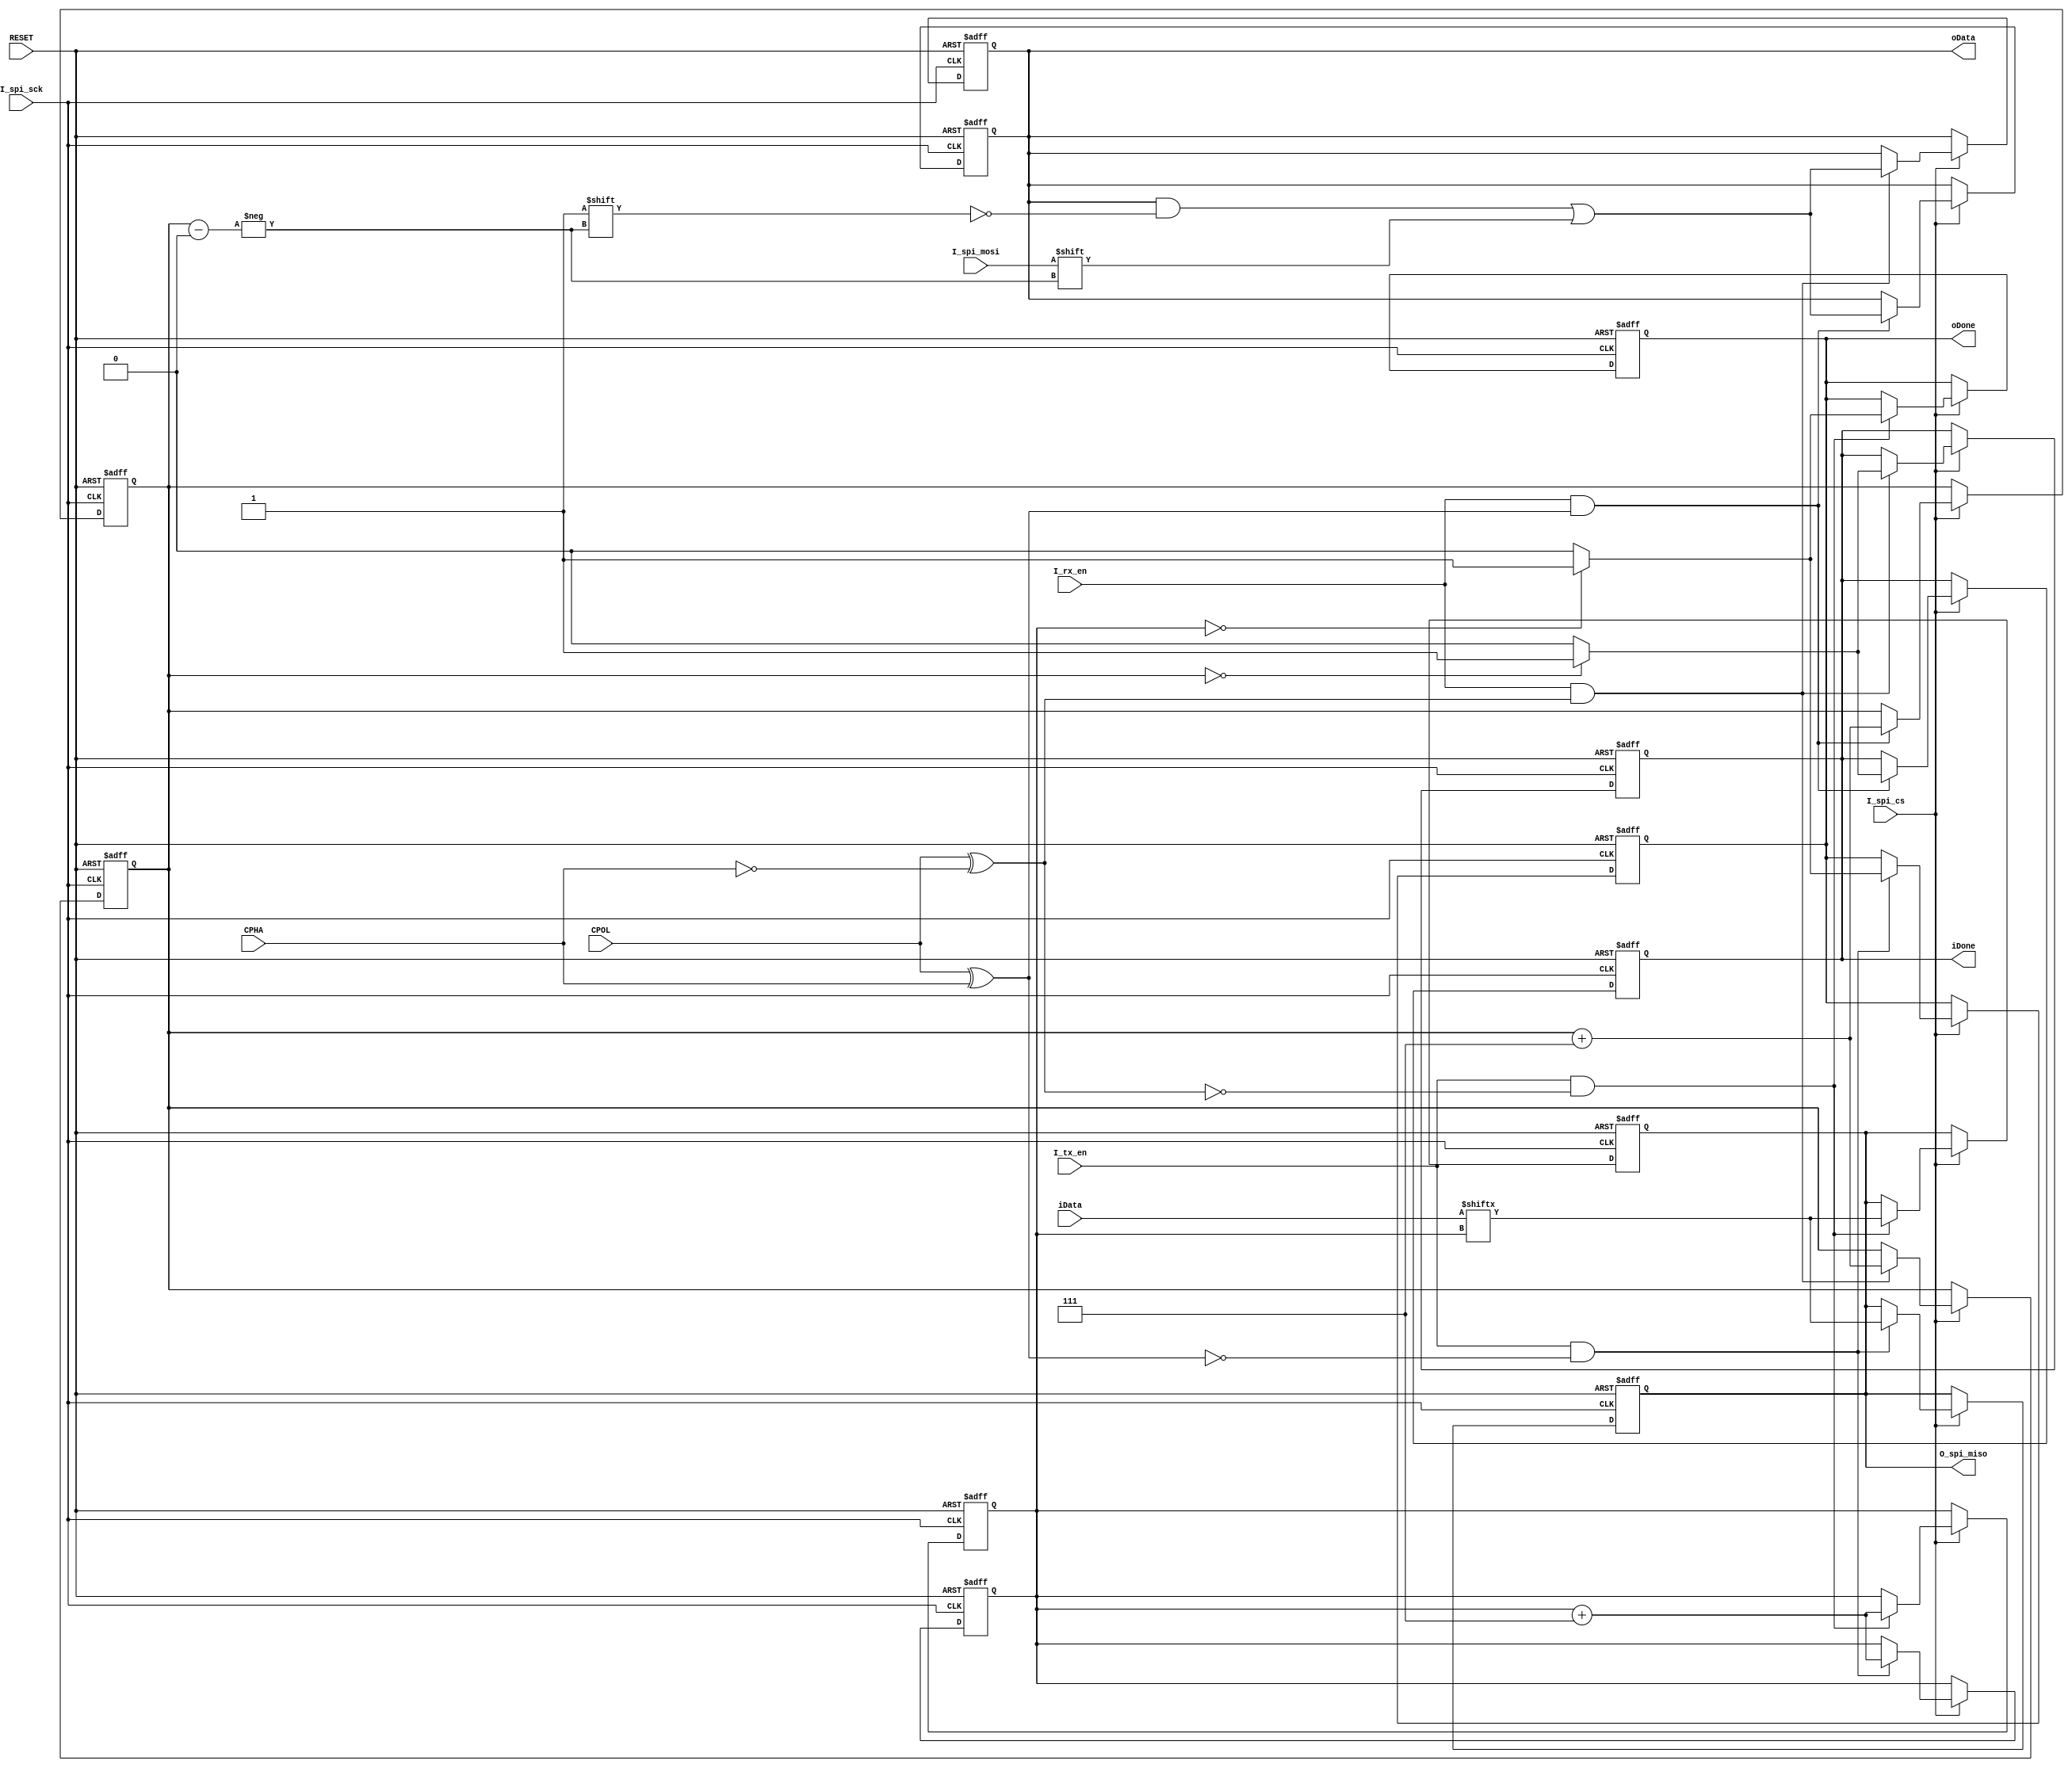
`timescale 1ns/1ps
module spi_module_slave
(
	input RESET, //positive_RESET, positive_CLOCK_50MHz
	input I_rx_en, //read_enabled signal
	input I_tx_en, //write_enabled signal
	input [7:0] iData, //data to be output
	output reg[7:0] oData, //data to be input
	output reg iDone, //flag of transmit done
	output reg oDone, //flag of receive done
	
	/*
	IDLE = CPOL^CPHA
	RECEIVE_EDGE = IDLE? negdge:posedge
	*/
	input CPOL,
	input CPHA,

	//standarded four-wire spi_bus
	output reg O_spi_miso, //master input slave output
	input I_spi_sck, //clock of spi
	input I_spi_cs, //chip selected, positive_
	input I_spi_mosi //master output slave input
);

reg[2:0] r_rx_index;
reg[2:0] r_tx_index;

always@(posedge I_spi_sck or posedge RESET) begin
	if(RESET) begin
		oData<=8'd0;
		iDone<=1'b0;
		oDone<=1'b0;
		O_spi_miso<=1'b0;
		r_rx_index<=3'd7;
		r_tx_index<=3'd7;
	end
	else begin
	if(I_spi_cs==1'b1) begin
		if(I_rx_en&&(CPOL^CPHA==1'b1)) begin
			iDone<=1'b0;
			oData[r_rx_index]<=I_spi_mosi;
			r_rx_index<=r_rx_index+3'd7;
			if(r_rx_index==3'd0) begin
				iDone<=1'b1;
			end
		end
		if(I_tx_en&&!(CPOL^CPHA==1'b0)) begin
			oDone<=1'b0;
			O_spi_miso<=iData[r_tx_index];
			r_tx_index<=r_tx_index+3'd7;
			if(r_tx_index==3'd0) begin
				oDone<=1'b1;
			end
		end
	end
	end
end
always@(negedge I_spi_sck or posedge RESET) begin
	if(RESET) begin
		oData<=8'd0;
		iDone<=1'b0;
		oDone<=1'b0;
		O_spi_miso<=1'b0;
		r_rx_index<=3'd7;
		r_tx_index<=3'd7;
	end
	else begin
	if(I_spi_cs==1'b1) begin
		if(I_rx_en&&(CPOL^CPHA==1'b0)) begin
			iDone<=1'b0;
			oData[r_rx_index]<=I_spi_mosi;
			r_rx_index<=r_rx_index+3'd7;
			if(r_rx_index==3'd0) begin
				iDone<=1'b1;
			end
		end
		if(I_tx_en&&!(CPOL^CPHA==1'b1)) begin
			oDone<=1'b0;
			O_spi_miso<=iData[r_tx_index];
			r_tx_index<=r_tx_index+3'd7;
			if(r_tx_index==3'd0) begin
				oDone<=1'b1;
			end
		end
	end
	end
end
endmodule